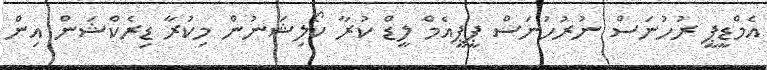
އެމްޑީޕީ ރުހުނަސް ނުރުހުނަސް ޕީޕީއެމް ލީޑް ކުރާ ކޯލިޝަނުން މިކުރާ ޑިރެކްޝަން އިން